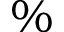
\%